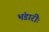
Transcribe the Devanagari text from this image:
भंडारीः